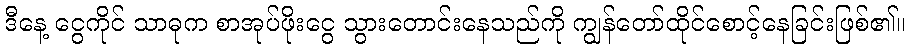
ဒီနေ့ ငွေကိုင် သာဓုက စာအုပ်ဖိုးငွေ သွားတောင်းနေသည်ကို ကျွန်တော်ထိုင်စောင့်နေခြင်းဖြစ်၏။